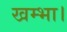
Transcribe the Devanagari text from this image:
खम्भा।